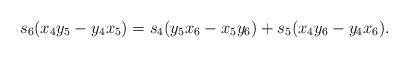
LaTeX: \begin{align*} s_6(x_4 y_5 - y_4 x_5) = {s_4 (y_5 x_6 - x_5 y_6) + s_5 (x_4 y_6 -y_4 x_6)} .\end{align*}